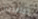
المتقدمين